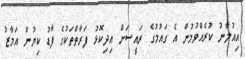
އިއުލާނު ކުރެއްވުމުން އެ ގައުމުގެ ރައީސަށް އިދިކޮޅު ފަރާތްތަކުގެ ފާޑު ކިޔުން އަމާޒު